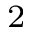
^ { 2 }